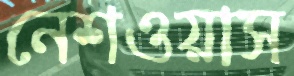
নেশওয়াস